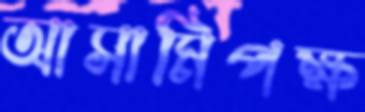
আসামিপক্ষ